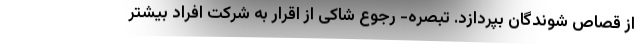
از قصاص شوندگان بپردازد. تبصره- رجوع شاکی از اقرار به شرکت افراد بیشتر